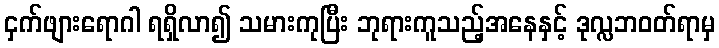
ငှက်ဖျားရောဂါ ရရှိလာ၍ သမားကုပြီး ဘုရားကူသည့်အနေနှင့် ဒုလ္လဘဝတ်ရာမှ